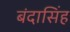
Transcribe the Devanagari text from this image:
बंदासिंह